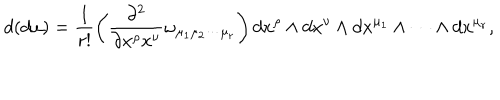
LaTeX: d ( d \omega ) = \frac { 1 } { r ! } \left( \frac { \partial ^ { 2 } } { \partial x ^ { \rho } x ^ { \nu } } \omega _ { \mu _ { 1 } \mu _ { 2 } \cdots \mu _ { r } } \right) d x ^ { \rho } \wedge d x ^ { \nu } \wedge d x ^ { \mu _ { 1 } } \wedge \cdots \wedge d x ^ { \mu _ { r } } ,